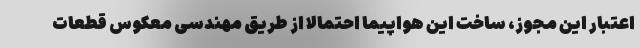
اعتبار این مجوز، ساخت این هواپیما احتمالا از طریق مهندسی معکوس قطعات